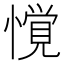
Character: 𱟌